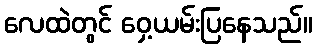
လေထဲတွင် ဝှေ့ယမ်းပြနေသည်။